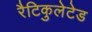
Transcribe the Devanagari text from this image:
रैटिकुलेटेड